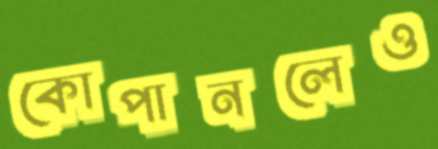
কোপানলেও